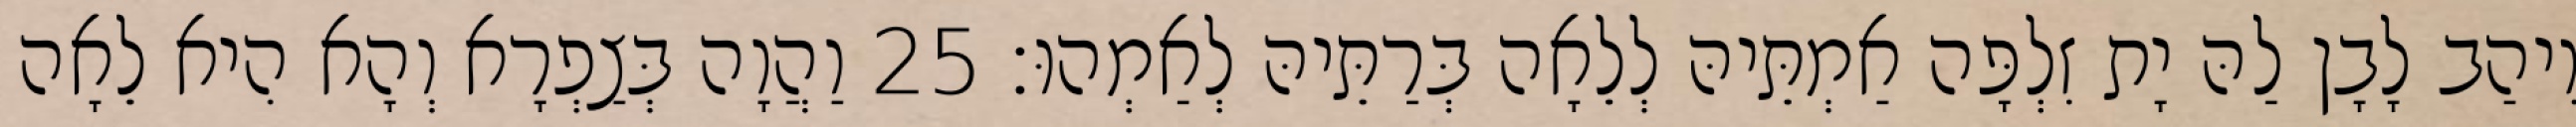
וִיהַב לָבָן לַהּ יָת זִלְפָּה אַמְתֵּיהּ לְלֵאָה בְּרַתֵּיהּ לְאַמְהוּ׃ 25 וַהֲוָה בְּצַפְרָא וְהָא הִיא לֵאָה